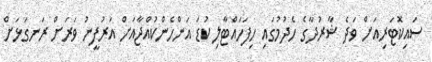
ސައިކޮޓަރިއަށް ވަދެ ޝާރުދާގެ ހެދުމުގައި ހިފަހައްޓާލި ކުޑަ އަންހެންކުއްޖާއަށް އަރުފީނު ވަރަށް ރަނގަޅަށް